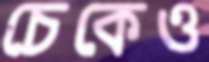
চেকেও